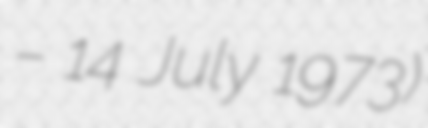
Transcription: – 14 July 1973)